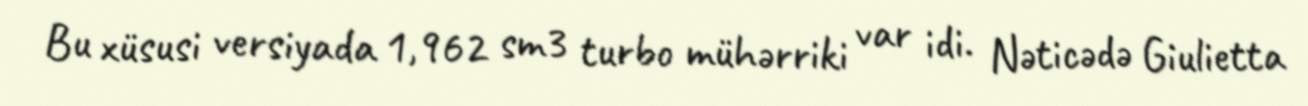
Bu xüsusi versiyada 1,962 sm3 turbo mühərriki var idi. Nəticədə Giulietta